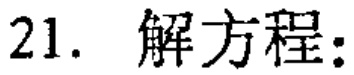
21. 解方程: